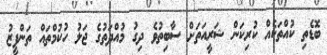
ބޮޑެތި ކުއްތަކެއް ކުރިކަން ޝަރީއަތަށް ސާބިތުވެ ދިގު މުއްދަތުގެ ޖަލު ހުކުމްތައް ތަންފީޒު